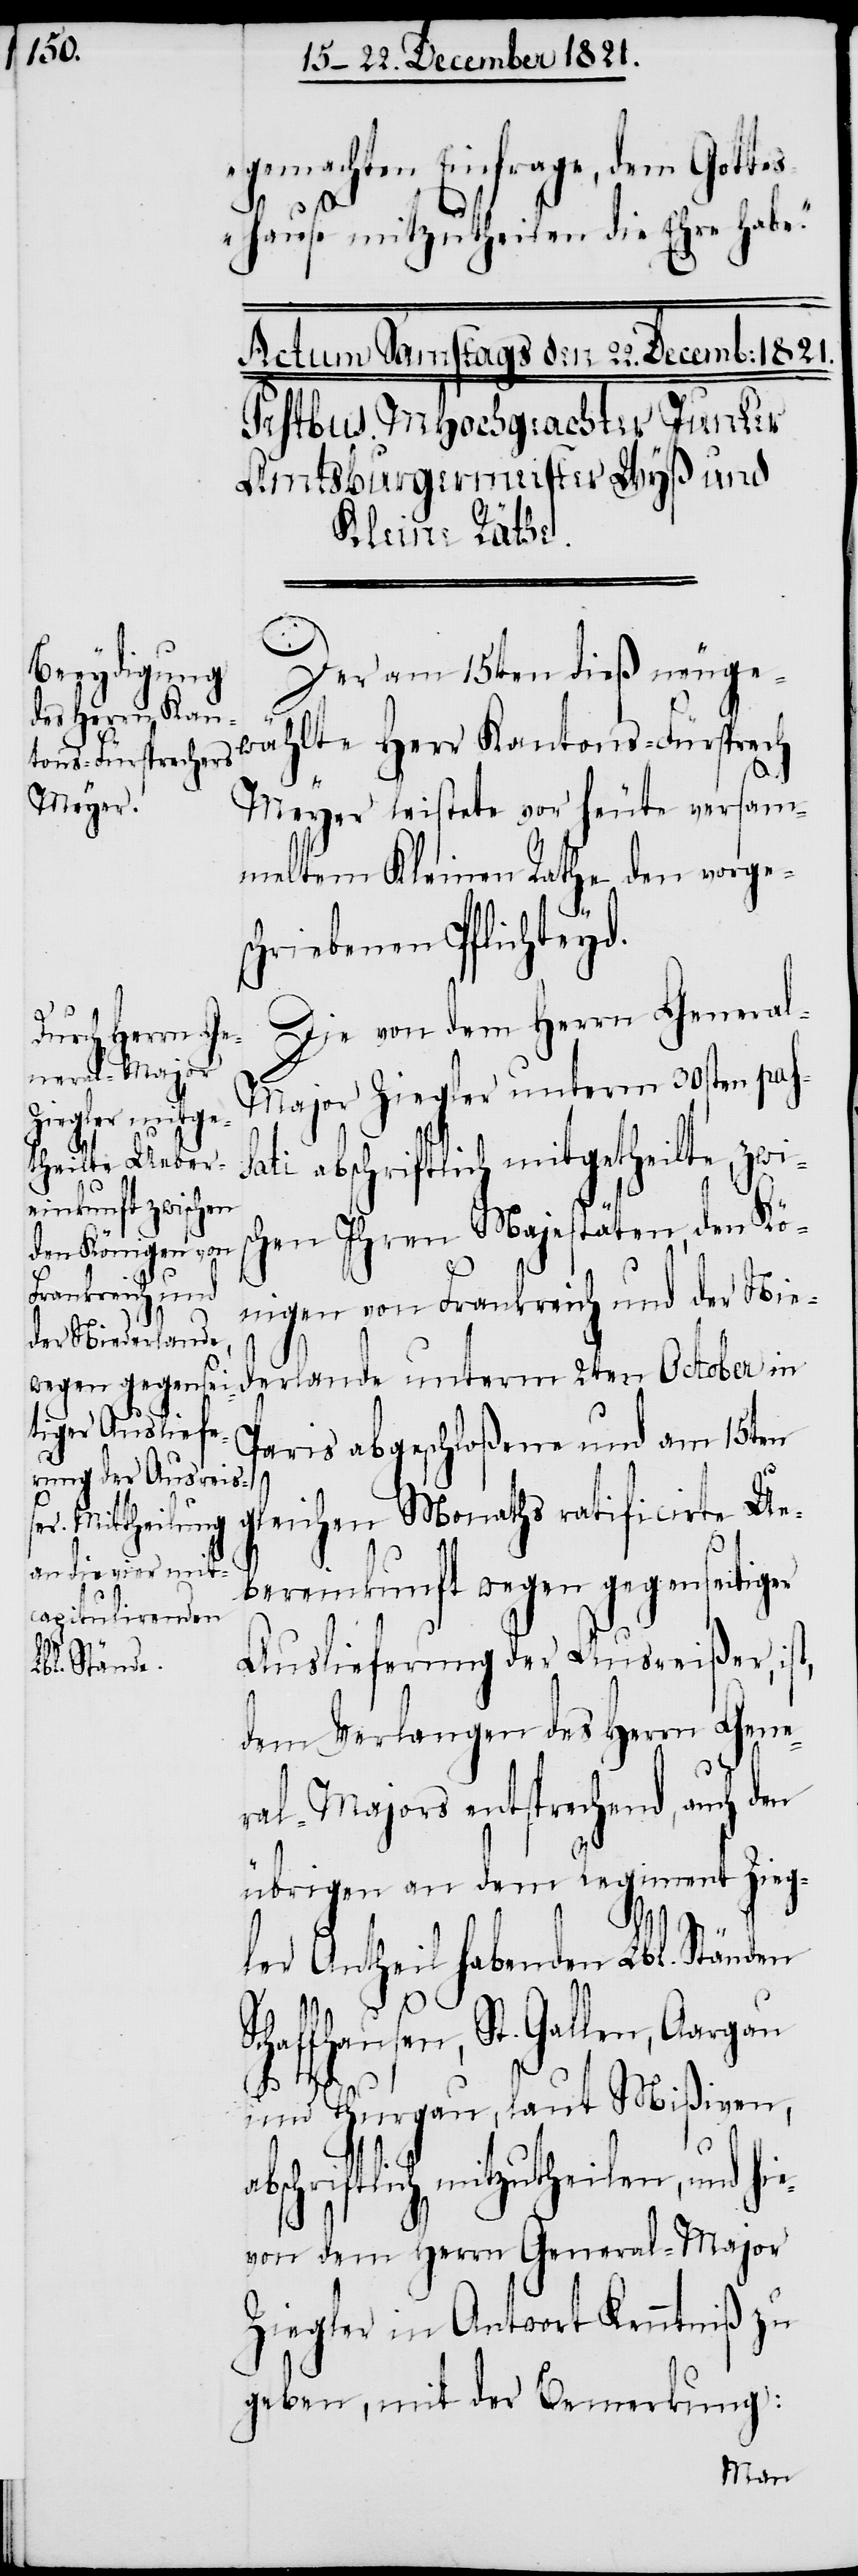
gemachten Einfrage, dem Gotte¬
sc¬
shause mitzutheilen die Ehre habe.“
Der am 15ten dieß neuge¬
wählte Herr Kantons-Fürsprech
Meyer leistete vor heute versam¬
meltem Kleinen Rathe den vorges¬
chriebenen Pflichteyd.
Die von dem Herrn Genera¬
l-Major Ziegler unterm 30sten pas¬
sati abschriftlich mitgetheilte, zwi¬
hen Ihren Majestäten, den Kö¬
nigen von Frankreich und der Nie¬
derlande unterm 2ten October in
Paris abgeschloßene und am 15ten
gleichen Monaths ratificirte Ue¬
bereinkunft wegen gegenseitiger
Auslieferung der Ausreißer, ist,
dem Verlangen des Herrn Gene¬
ral-Majors entsprechend, auch
übrigen an dem Regiment Zieg¬
ie¬
ler Antheil habenden Lbl. Ständen
Schaf¬
fhausen, St. Gallen, Aargau
und Thurgau, laut Mißiven,
abs¬
chriftlich mitzutheilen, und h¬
von dem Herrn General-Major
Ziegler in Antwort Kenntniß zu
geben, mit der Bemerkung: